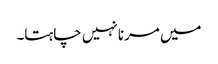
میں مرنا نہیں چاہتا۔